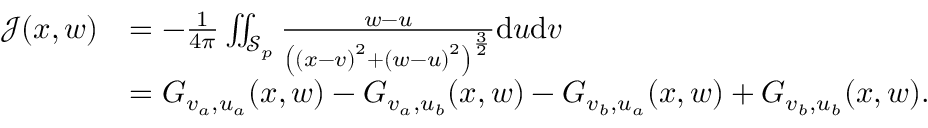
\begin{array} { r l } { \mathcal { J } ( x , w ) } & { = - \frac { 1 } { 4 \pi } \iint _ { \mathcal { S } _ { p } } \frac { w - u } { \left( \left( x - v \right) ^ { 2 } + \left( w - u \right) ^ { 2 } \right) ^ { \frac { 3 } { 2 } } } \mathrm { d } u \mathrm { d } v } \\ & { = G _ { v _ { a } , u _ { a } } ( x , w ) - G _ { v _ { a } , u _ { b } } ( x , w ) - G _ { v _ { b } , u _ { a } } ( x , w ) + G _ { v _ { b } , u _ { b } } ( x , w ) . } \end{array}